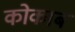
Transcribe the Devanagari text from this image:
कोकाब